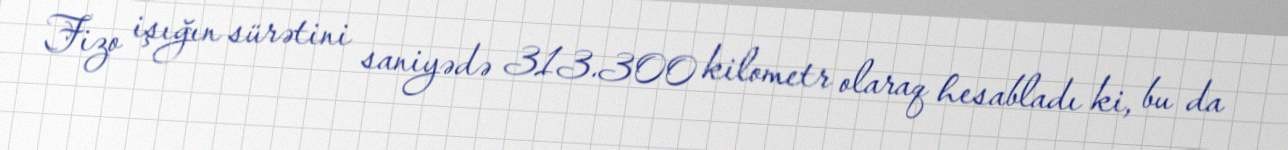
Fizo işığın sürətini saniyədə 313.300 kilometr olaraq hesabladı ki, bu da